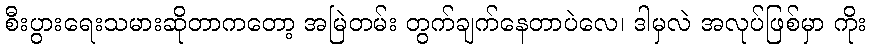
စီးပွားရေးသမားဆိုတာကတော့ အမြဲတမ်း တွက်ချက်နေတာပဲလေ၊ ဒါမှလဲ အလုပ်ဖြစ်မှာ ကိုး